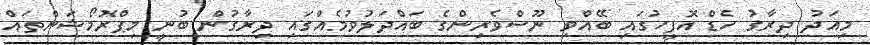
މިއަދު ދިރާގު ހެޑް އޮފީހުގައި ބޭއްވި ނޫސްވެރިންގެ ބައްދަލުވުމެއްގައި ދިރާގުން ބުނީ މިޕްރޮމޯޝަންތައް